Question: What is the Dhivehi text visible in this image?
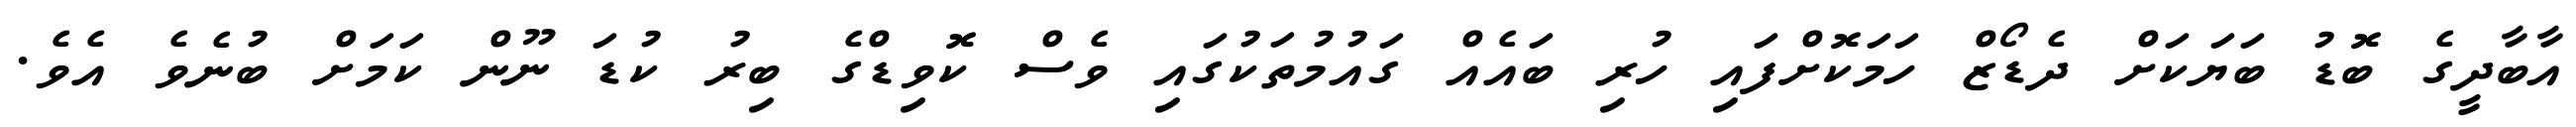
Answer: އާބާދީގެ ބޮޑު ބަޔަކަށް ދެޑޯޒް ހަމަކޮށްފައި ހުރި ބައެއް ގައުމުތަކުގައި ވެސް ކޮވިޑްގެ ބިރު ކުޑަ ނޫން ކަމަށް ބުނެވެ އެވެ.